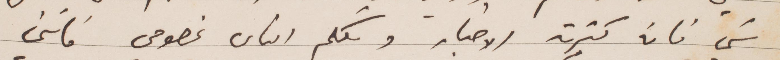
شيء فان كثرت الاخبار وتكلم الناس بخصوصي فانني